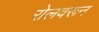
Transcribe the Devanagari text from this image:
रोलवरून